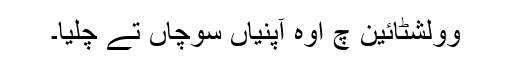
وولشٹائین چ اوہ آپنیاں سوچاں تے چلیا۔